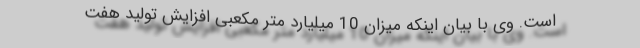
است. وی با بیان اینکه میزان 10 میلیارد متر مکعبی افزایش تولید هفت